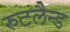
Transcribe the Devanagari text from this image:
रुटलैन्ड